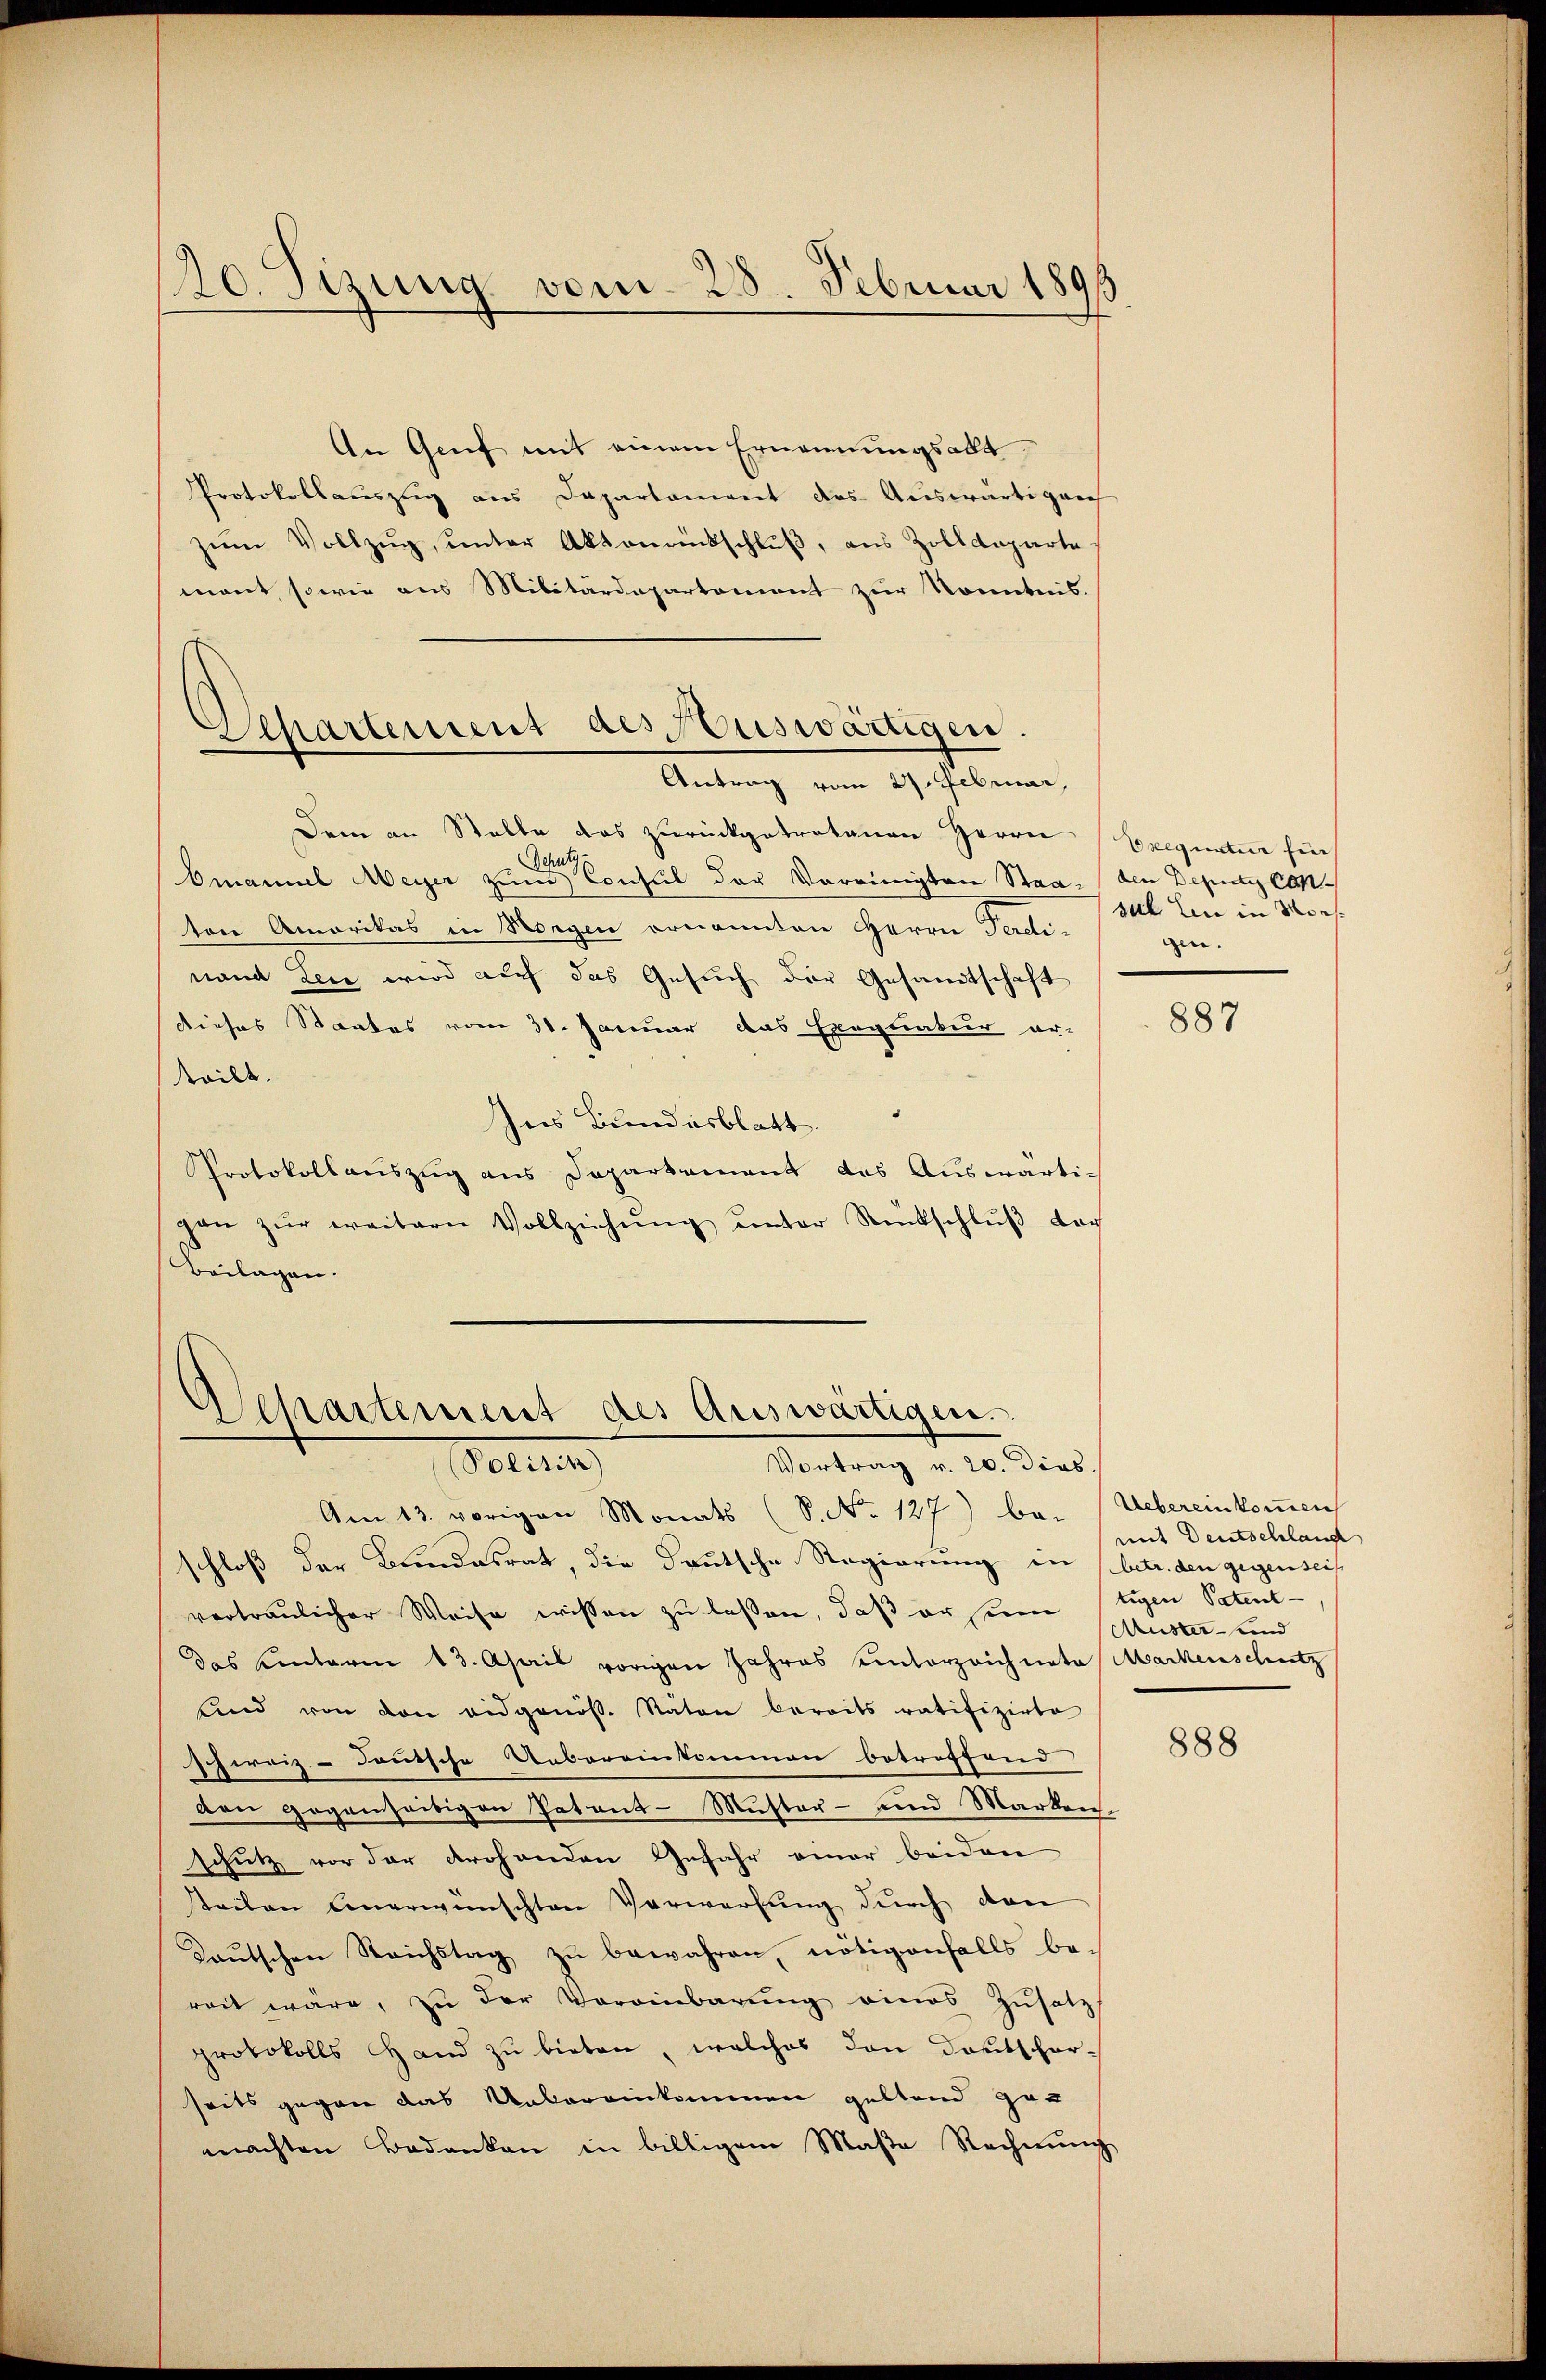
120. Sizung vom 28. Februar 1891

d
Departement des Hauswärtigen.
Antrag vom 27. Februar,

An Genf mit einem Ernennungsakt
Protokollauszug aus Dapartament des Auswärtiger
zŭm Vollzŭg, ŭnter Aktenrückschlŭβ, aus Zolldeparte
mant sowie aus Militärdepartement zur Kenntnis.
Dem an Stalle das zurückgetretenen Herrn
Des
Omanuel Weyer zum Consul der Vereinigten Staa-den Deputi Conton Amerikas in Morgen ernannten Herrn Ferdi-
nand den wird auf das Gesuch der Gesandtschaft
dieses Staates vom 31. Januar das Exapliatur er-
teilt.
Ins Bundesblatt.
Protokollauszug aus Departament des Auswärtigen zŭr weitern Vollziehŭng ŭnter Rückschlŭβ der
Beilagen.

Separtement des Auswärtigen.
Politik)
Vortrag v. 20. dies

Exequatur fin
suh bin in Mor
gin.

Am 13. vorigen Monats (S. No 127) be- Uebereinkommen
schloß der Bundesrat die Deutsche Regierung in (betr. den gegenseit
vertraulicher Weise wissen zu lassen, daß er seine tigen Patent-
das Einterm 13. April vorigen Jahres einterzeichnete Markenschutz
und von den eidgenös. Raten bereits ratifizirte
schweiz. Deutsche Uebereinkommen betreffend
den gegenseitigen Patent - Muster- und Marken.
schutz vor der drohenden Gefahr einer beiden
steilen unerwünschten Verwerfung durch dan
Taŭtschen Reichstag zŭ bewahren, nötigenfalls be-
reit wäre, zu der Voreinbarung eines Zusatz
protokolls Hand zu bieten, welches den Deutscharseits gegen das Unbereinkommen geltend ge-
machten Bedanken in billigem Maβe Rechnŭng

887

mit Deutschlang
Muster- und

888